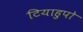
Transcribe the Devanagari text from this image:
टियाहुपो